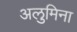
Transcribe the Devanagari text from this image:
अलुमिना